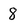
Character: 8